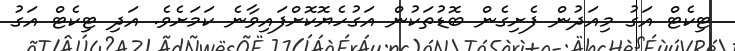
ޓިކެޓް އަގު މިއަދުން ފެށިގެން ބޮޑުތަކުން އަގުހެޔޮކޮށްފައިވާނެ ކަމަށެވެ. އަދި ޓިކެޓް އަގު